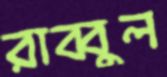
রাব্বুল